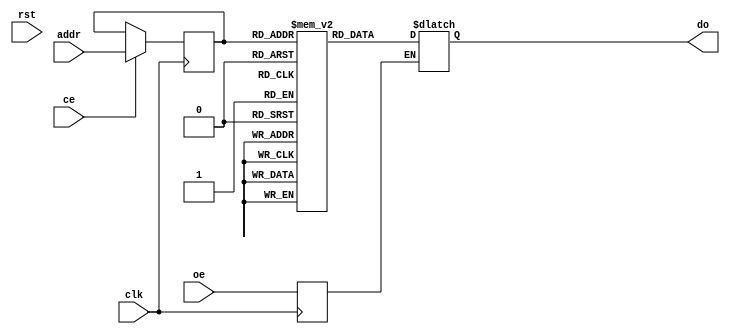
/*
 * Copyright (C) 2018 Markus Lavin (https://www.zzzconsulting.se/)
 *
 * All rights reserved.
 *
 * This program is free software: you can redistribute it and/or modify
 * it under the terms of the GNU General Public License as published by
 * the Free Software Foundation, either version 3 of the License, or
 * (at your option) any later version.
 *
 * This program is distributed in the hope that it will be useful,
 * but WITHOUT ANY WARRANTY; without even the implied warranty of
 * MERCHANTABILITY or FITNESS FOR A PARTICULAR PURPOSE.  See the
 * GNU General Public License for more details.
 *
 * You should have received a copy of the GNU General Public License
 * along with this program.  If not, see <https://www.gnu.org/licenses/>.
 *
 */

module sprom(clk, rst, ce, oe, addr, do);
	//
	// Default address and data buses width (1024*32)
	//
	parameter aw = 10; //number of address-bits
	parameter dw = 32; //number of data-bits
	parameter MEM_INIT_FILE = "";

	//
	// Generic synchronous single-port ROM interface
	//
	input           clk;  // Clock, rising edge
	input           rst;  // Reset, active high
	input           ce;   // Chip enable input, active high
	input           oe;   // Output enable input, active high
	input  [aw-1:0] addr; // address bus inputs
	output reg [dw-1:0] do;   // output data bus

	//
	// Module body
	//

	reg [dw-1:0] mem [(1<<aw) -1:0];
	reg [aw-1:0] ra;
	reg oe_r;

	always @(posedge clk)
		oe_r <= oe;

	always @*
		if (oe_r)
			do = mem[ra];

	// read operation
	always @(posedge clk)
	  if (ce)
	    ra <= addr;     // read address needs to be registered to read clock

	initial begin
		/* verilator lint_off WIDTH */
		if (MEM_INIT_FILE != "") begin
		/* verilator lint_on WIDTH */
			$readmemh(MEM_INIT_FILE, mem);
		end
	end

endmodule